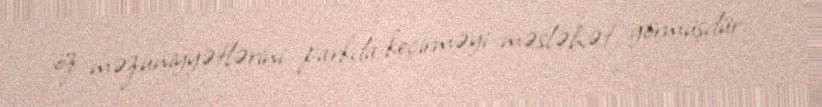
öz məzuniyyətlərini parkda keçirməyi məsləhət görmüşdür.